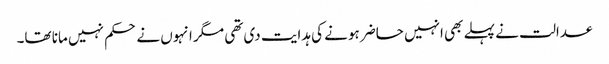
عدالت نے پہلے بھی انہیں حاضر ہونے کی ہدایت دی تھی مگر انہوں نے حکم نہیں مانا تھا۔